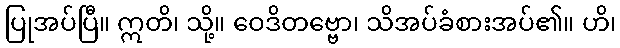
ပြုအပ်ပြီ။ ဣတိ၊ သို့။ ဝေဒိတဗ္ဗော၊ သိအပ်ခံစားအပ်၏။ ဟိ၊